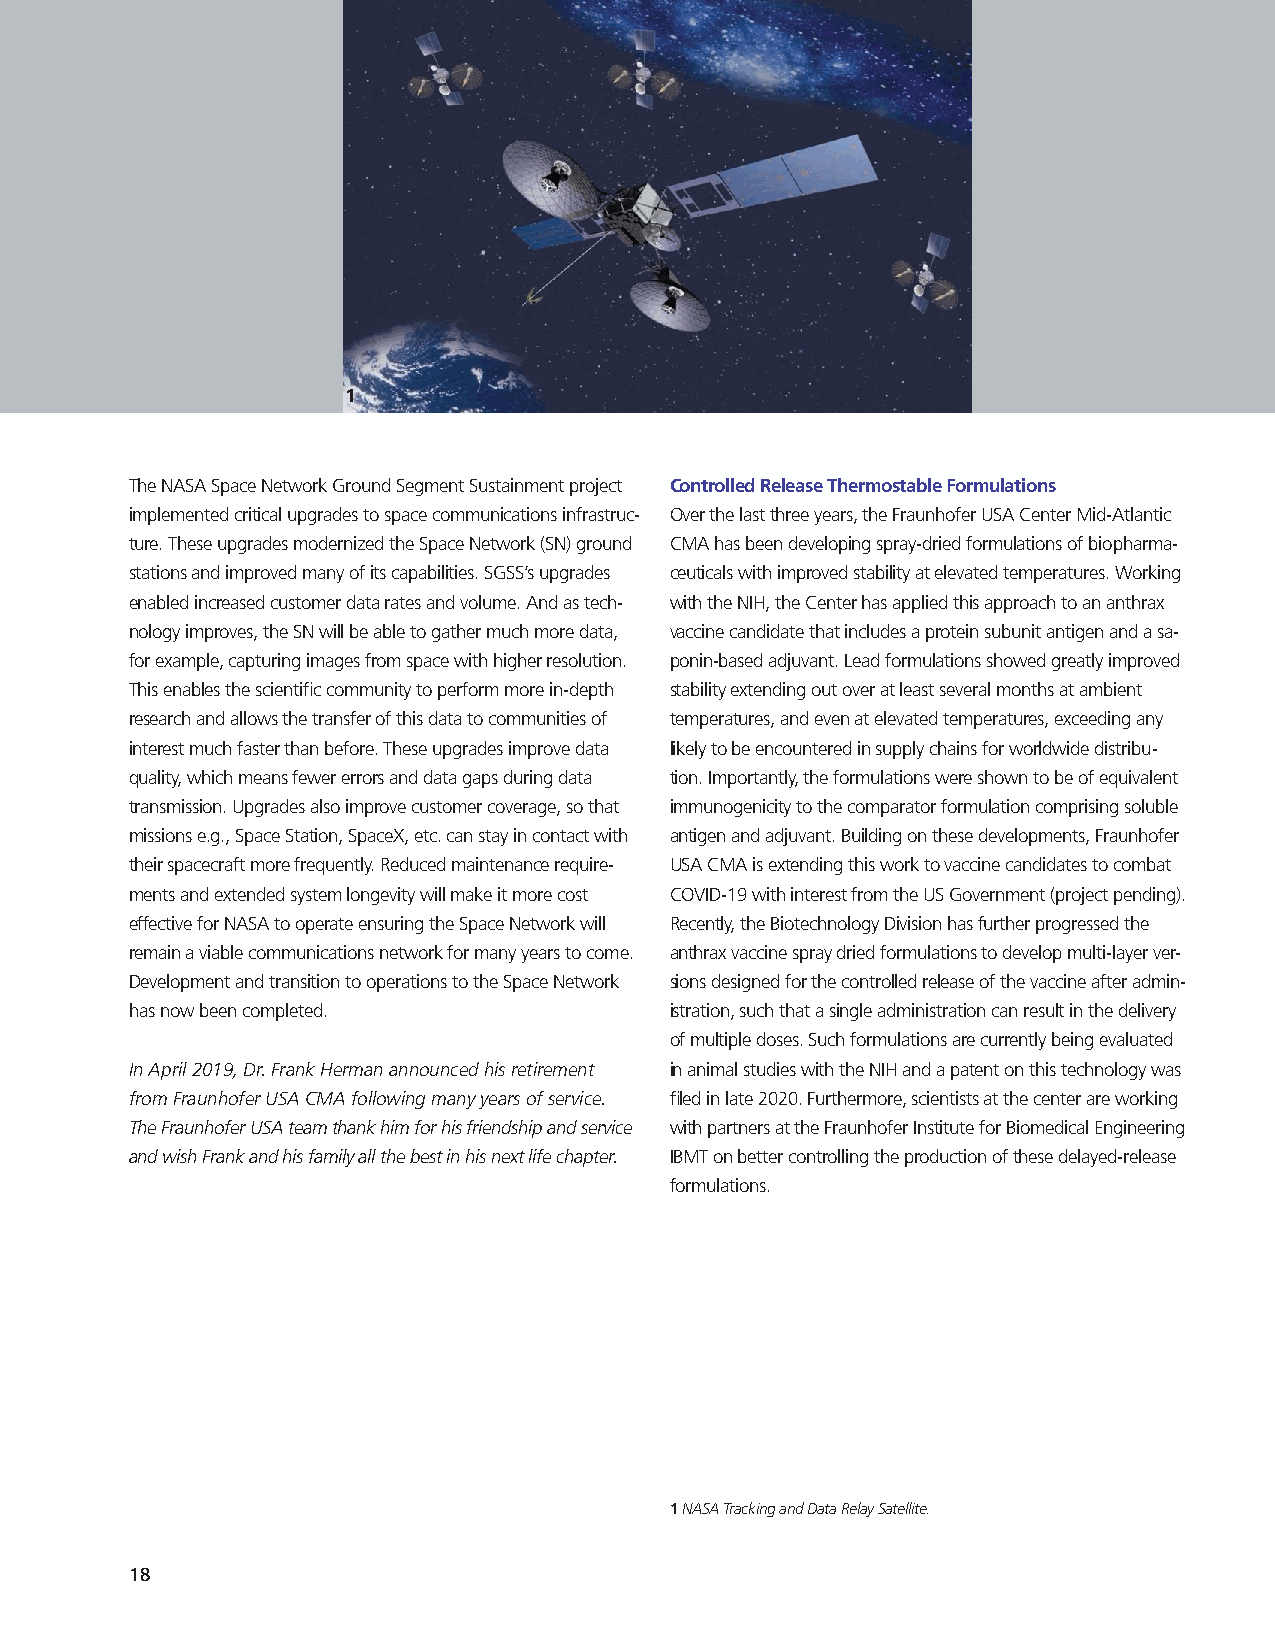
1
 The NASA Space Network Ground Segment Sustainment project Controlled Release Thermostable Formulations
 implemented critical upgrades to space communications infrastruc- Over the last three years, the Fraunhofer USA Center Mid-Atlantic
 ture. These upgrades modernized the Space Network (SN) ground CMA has been developing spray-dried formulations of biopharma-
 stations and improved many of its capabilities. SGSS’s upgrades ceuticals with improved stability at elevated temperatures. Working
 enabled increased customer data rates and volume. And as tech- with the NIH, the Center has applied this approach to an anthrax
 nology improves, the SN will be able to gather much more data, vaccine candidate that includes a protein subunit antigen and a sa-
 for example, capturing images from space with higher resolution. ponin-based adjuvant. Lead formulations showed greatly improved
 This enables the scientific community to perform more in-depth stability extending out over at least several months at ambient
 research and allows the transfer of this data to communities of temperatures, and even at elevated temperatures, exceeding any
 interest much faster than before. These upgrades improve data likely to be encountered in supply chains for worldwide distribu-
 quality, which means fewer errors and data gaps during data tion. Importantly, the formulations were shown to be of equivalent
 transmission. Upgrades also improve customer coverage, so that immunogenicity to the comparator formulation comprising soluble
 missions e.g., Space Station, SpaceX, etc. can stay in contact with antigen and adjuvant. Building on these developments, Fraunhofer
 their spacecraft more frequently. Reduced maintenance require- USA CMA is extending this work to vaccine candidates to combat
 ments and extended system longevity will make it more cost COVID-19 with interest from the US Government (project pending).
 effective for NASA to operate ensuring the Space Network will Recently, the Biotechnology Division has further progressed the
 remain a viable communications network for many years to come. anthrax vaccine spray dried formulations to develop multi-layer ver-
 Development and transition to operations to the Space Network sions designed for the controlled release of the vaccine after admin-
 has now been completed.            istration, such that a single administration can result in the delivery
 of multiple doses. Such formulations are currently being evaluated
 In April 2019, Dr. Frank Herman announced his retirement in animal studies with the NIH and a patent on this technology was
 from Fraunhofer USA CMA following many years of service. filed in late 2020. Furthermore, scientists at the center are working
 The Fraunhofer USA team thank him for his friendship and service with partners at the Fraunhofer Institute for Biomedical Engineering
 and wish Frank and his family all the best in his next life chapter. IBMT on better controlling the production of these delayed-release
 formulations.
 1 NASA Tracking and Data Relay Satellite.
 18